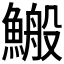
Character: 𩺪